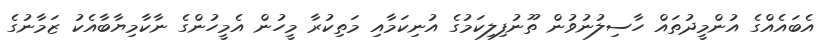
އެބައެއްގެ އުންމީދުތައް ހާސިލުނުވުން ތޫނުފިލިކަމުގެ އުނިކަމާއި މަތިކުރާ މީހުން އެމީހުންގެ ނާކާމިޔާބާއެކު ޒަމާނުގެ